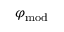
\varphi _ { \mathrm { m o d } }